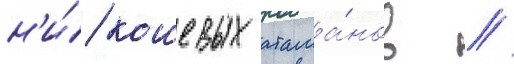
н'и́ кошевых атама́нов /